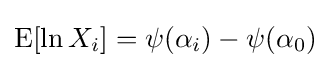
\operatorname {E} [\ln X_{i}]=\psi (\alpha _{i})-\psi (\alpha _{0})